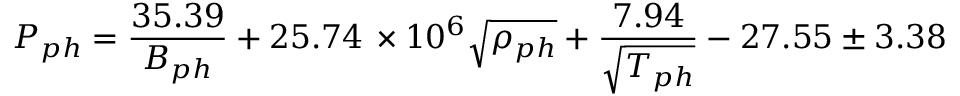
P _ { p h } = \frac { 3 5 . 3 9 } { B _ { p h } } + 2 5 . 7 4 \, \times 1 0 ^ { 6 } \sqrt { \rho _ { p h } } + \frac { 7 . 9 4 } { \sqrt { T _ { p h } } } - 2 7 . 5 5 \pm 3 . 3 8